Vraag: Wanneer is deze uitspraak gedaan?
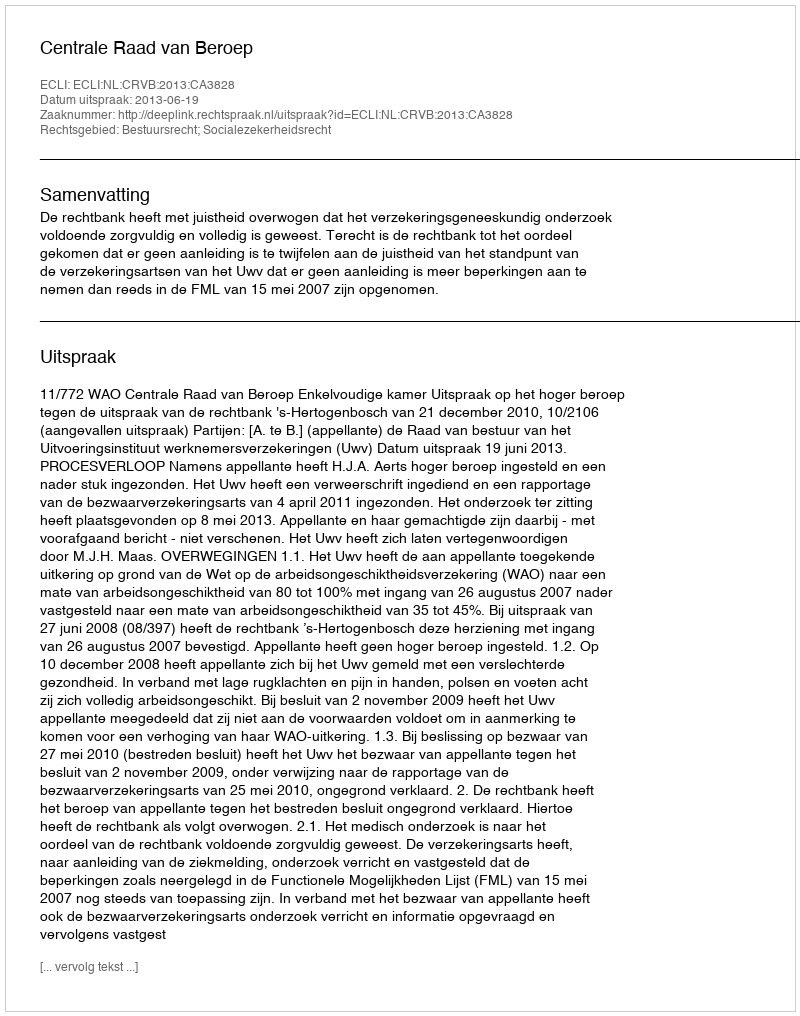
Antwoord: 2013-06-19